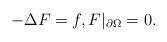
LaTeX: \begin{align*}-\Delta F = f,F|_{\partial\Omega}=0.\end{align*}